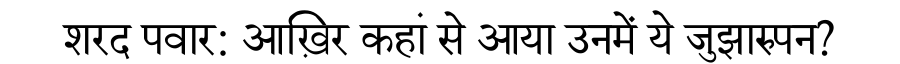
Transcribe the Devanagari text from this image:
शरद पवार: आख़िर कहां से आया उनमें ये जुझारुपन?